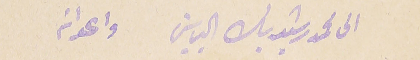
الى محمد رشيد بك الياسين واعواته